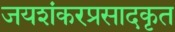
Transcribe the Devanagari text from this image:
जयशंकरप्रसादकृत